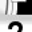
Digit: 7